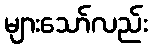
များသော်လည်း